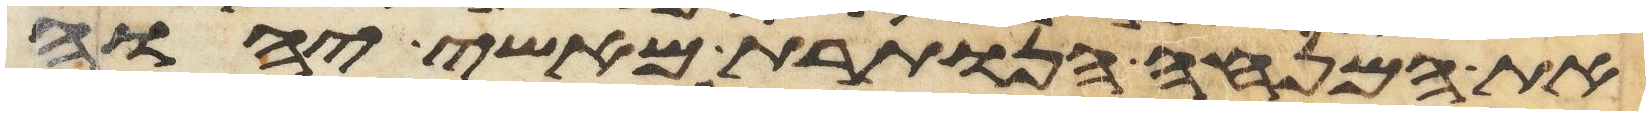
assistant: את המנחה הנותרת מאשי יהוה